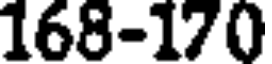
168-170